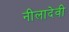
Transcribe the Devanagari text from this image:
नीलादेवी